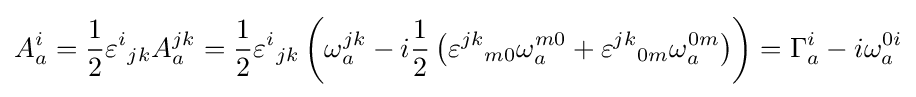
A_{a}^{i}={1 \over 2}{\varepsilon ^{i}}_{jk}A_{a}^{jk}={1 \over 2}{\varepsilon ^{i}}_{jk}\left(\omega _{a}^{jk}-i{1 \over 2}\left({\varepsilon ^{jk}}_{m0}\omega _{a}^{m0}+{\varepsilon ^{jk}}_{0m}\omega _{a}^{0m}\right)\right)=\Gamma _{a}^{i}-i\omega _{a}^{0i}